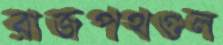
রাজপথগুল